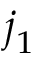
j _ { 1 } ^ { \mathrm { ~ \, ~ } }